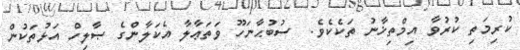
ކުރިމަތި ކުރުވާ އިމްތިޚާނު ތަކެކެވެ.  ސުބުޙާނަހޫ ވަތަޢާލާ އެކަލާންގެ ޞާލިހް އަޅުތަކުން